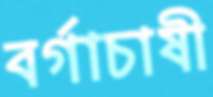
বর্গাচাষী